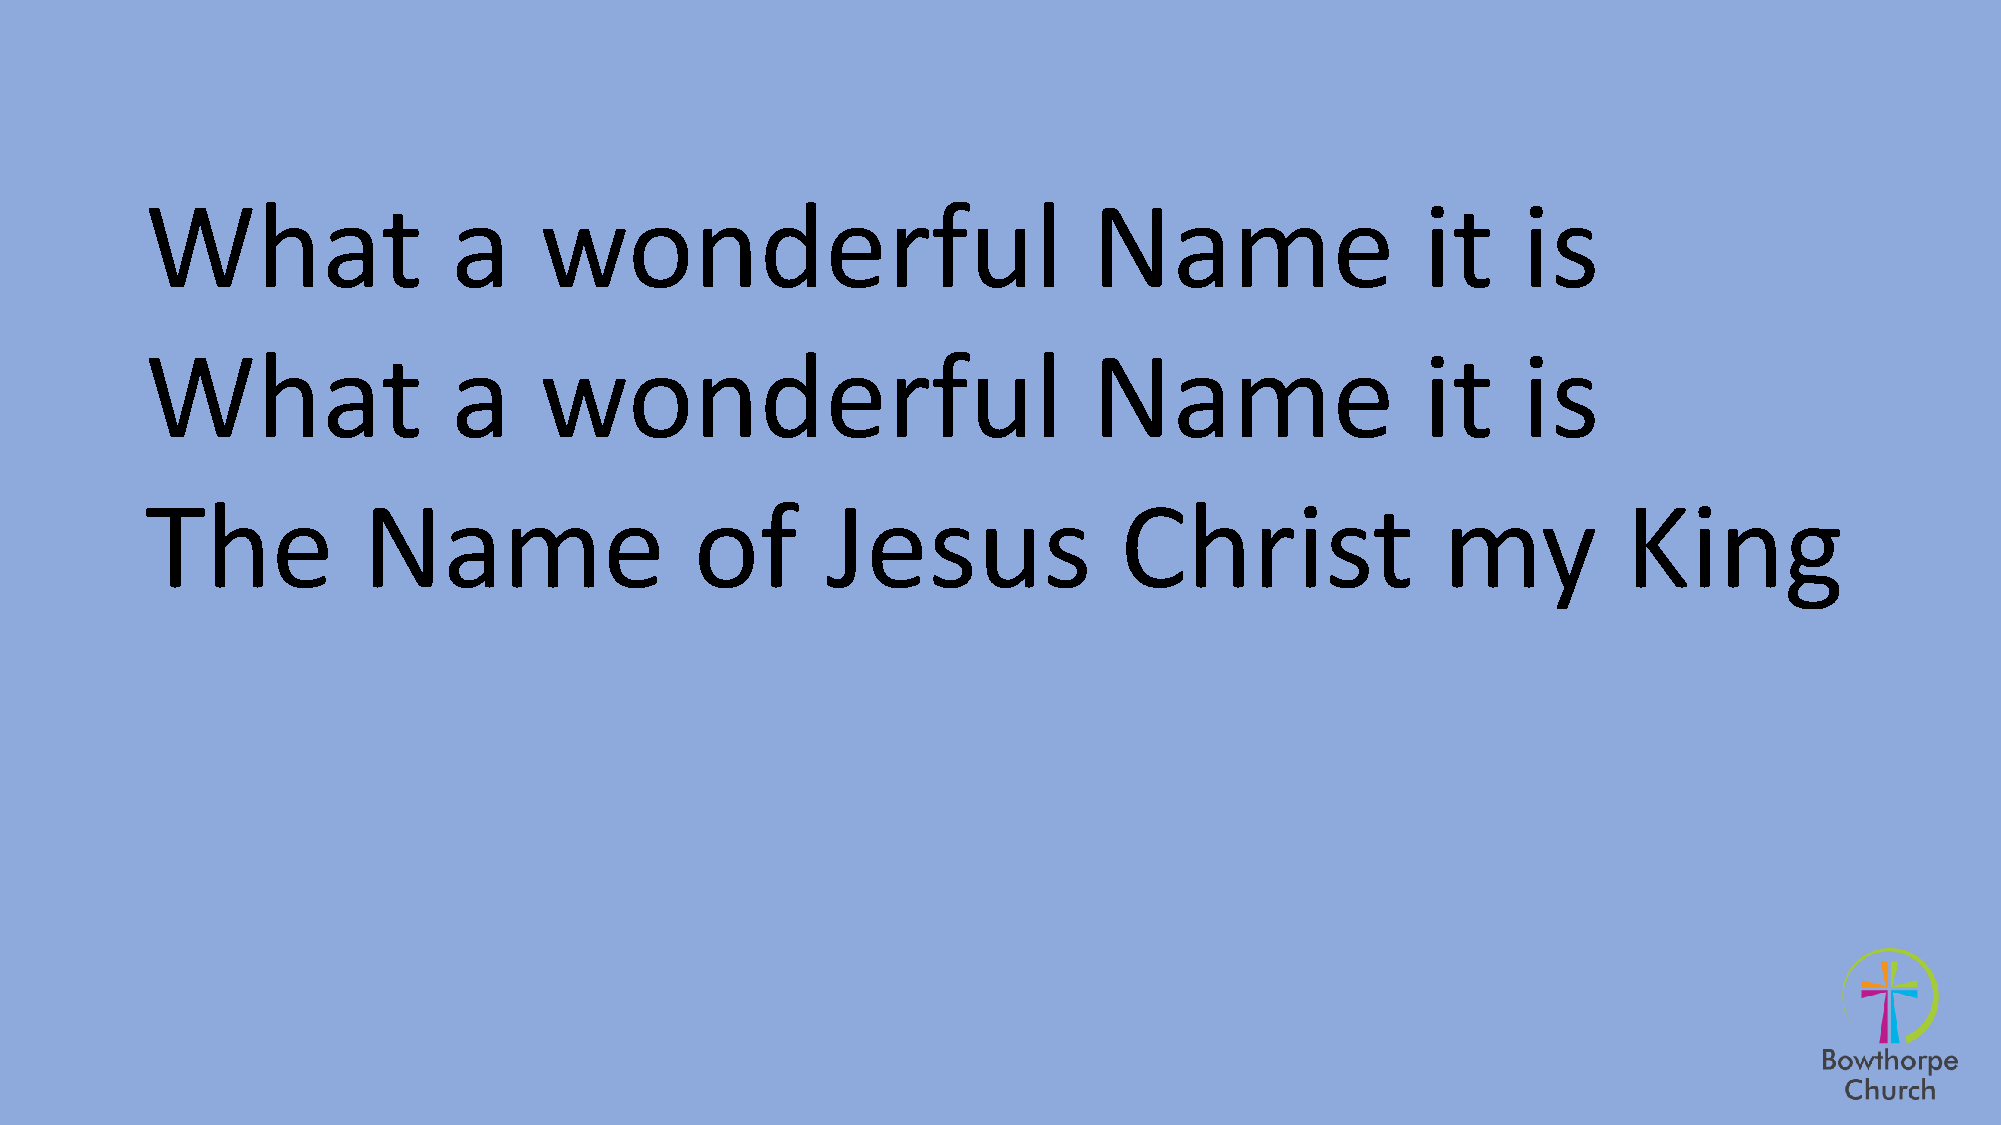
What                a     wonderful                           Name                  it     is
 What                a     wonderful                           Name                  it     is
 The           Name                  of       Jesus              Christ               my           King